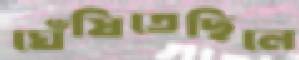
ঘেঁষিতেছিলে